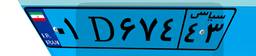
۸۲D۰۲۶۲۱